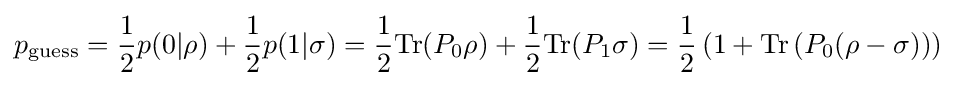
p_{\text{guess}}={\frac {1}{2}}p(0|\rho )+{\frac {1}{2}}p(1|\sigma )={\frac {1}{2}}\mathrm {Tr} (P_{0}\rho )+{\frac {1}{2}}\mathrm {Tr} (P_{1}\sigma )={\frac {1}{2}}\left(1+\mathrm {Tr} \left(P_{0}(\rho -\sigma )\right)\right)